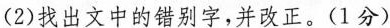
(2)找出文中的错别字，并改正。(1分)